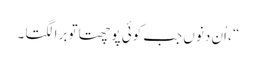
“ ، اُن دنوں جب کوئی پوچھتا تو برا لگتا ۔